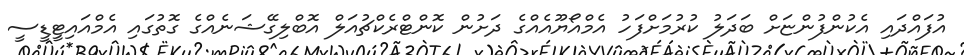
އުފައްދައި އެކުންފުންޏަށް ބަދަލު ކުރުމަށްފަހު އެމްއޯޔޫއެއްގެ ދަށުން ކޮންޓްރެކްޗުއަލް އޮބްލިގޭޝަނެއްގެ ގޮތުގައި އެމްއައިޓީޑީސީ